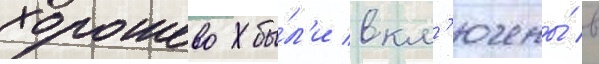
хорошево бы́л'и вкл'ючены́ в